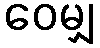
ဝေမျှ